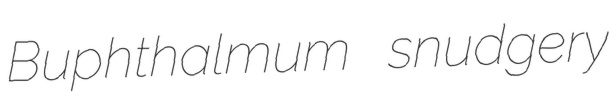
Buphthalmum snudgery